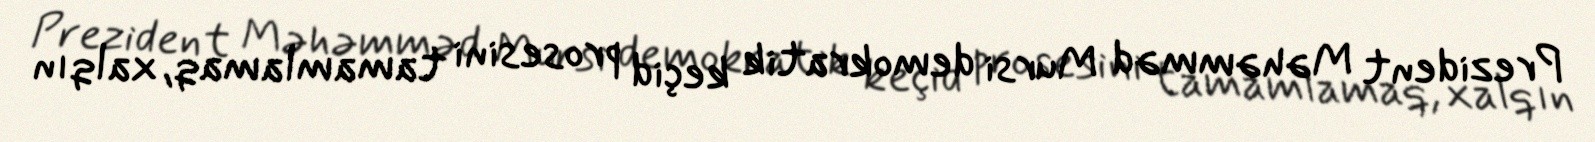
Prezident Məhəmməd Mursi demokratik keçid prosesini tamamlamaq, xalqın